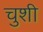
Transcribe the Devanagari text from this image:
चुशी